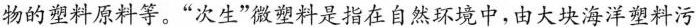
物的塑料原料等。“次生”微塑料是指在自然环境中,由大块海洋塑料污